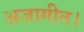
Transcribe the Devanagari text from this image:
अजागीत।